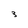
Character: 3